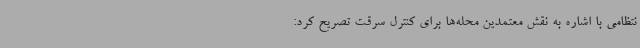
نتظامی با اشاره به نقش معتمدین محله‌ها برای کنترل سرقت تصریح کرد: